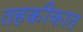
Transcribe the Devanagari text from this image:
तहक़ीकात